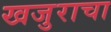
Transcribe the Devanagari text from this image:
खजुराचा